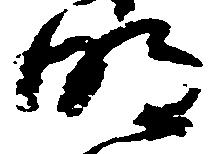
明